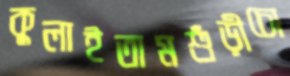
কুলাইতামশুঁড়ীচো